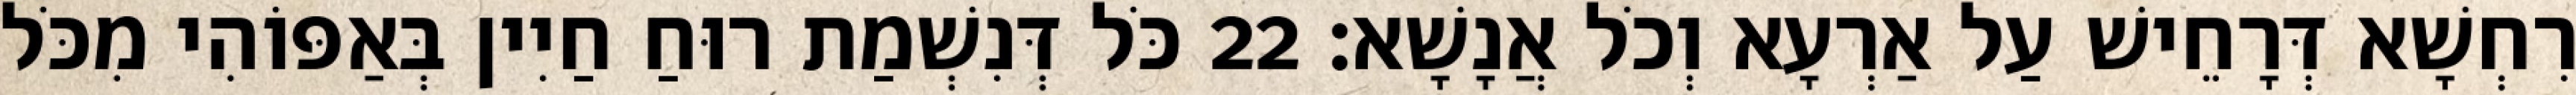
רִחְשָׁא דְּרָחֵישׁ עַל אַרְעָא וְכֹל אֲנָשָׁא׃ 22 כֹּל דְּנִשְׁמַת רוּחַ חַיִין בְּאַפּוֹהִי מִכֹּל